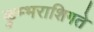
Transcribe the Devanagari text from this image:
कुम्भराशिगते